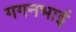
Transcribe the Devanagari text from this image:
गगनभाई